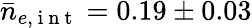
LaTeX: \bar{n}_{e,\mathrm{~i~n~t~}}=0.19\pm 0.03